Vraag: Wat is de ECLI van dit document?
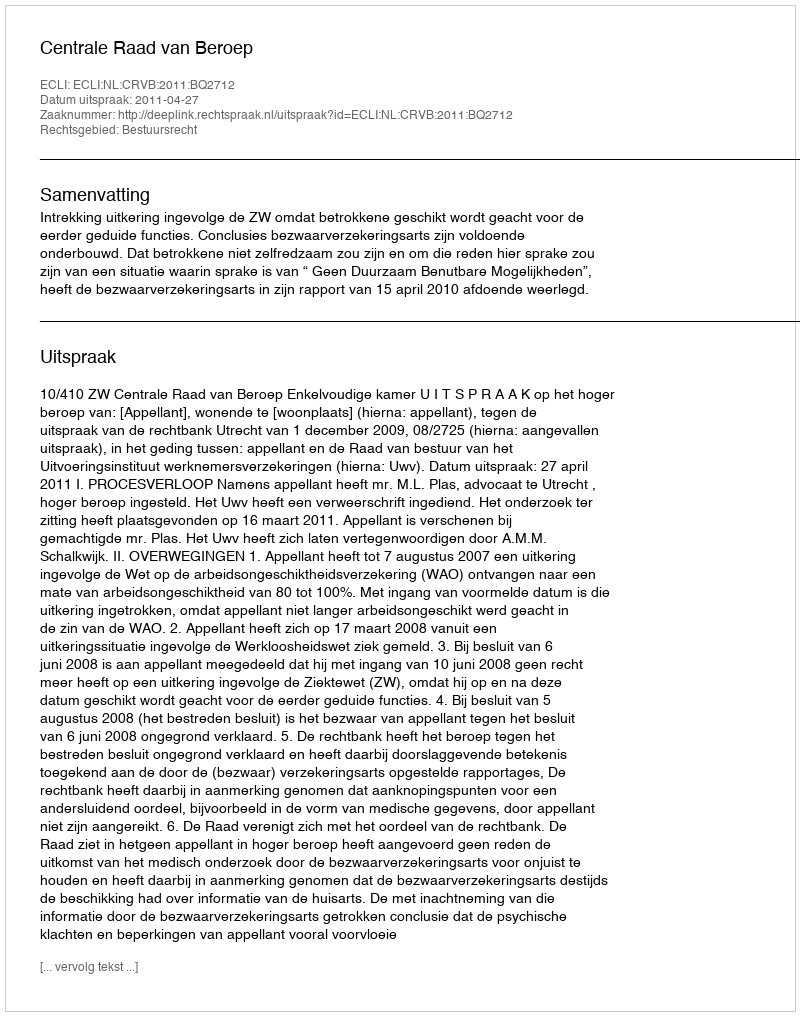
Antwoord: ECLI:NL:CRVB:2011:BQ2712